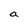
Character: a